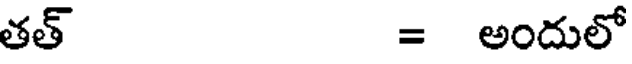
తత్ = అందులో